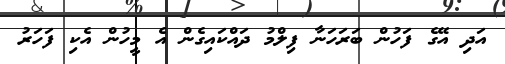
އަދި އޭގެ ފަހުން ބަރަހަނާ ފިލްމު ދައްކައިގެން އެ މީހުން އެކި ފަހަރު